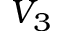
V _ { 3 }